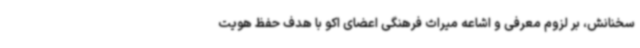
سخنانش، بر لزوم معرفی و اشاعه میراث فرهنگی اعضای اکو با هدف حفظ هویت